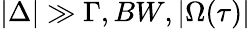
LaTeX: {\left|\Delta\right|}\gg\Gamma,BW,{\left|\Omega(\tau)\right|}